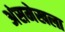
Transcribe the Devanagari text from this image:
अंसमेखला